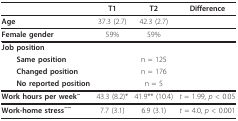
<table><thead><tr><td></td><td><b>T1</b></td><td><b>T2</b></td><td><b>Difference</b></td></tr></thead><tbody><tr><td><b>Age</b></td><td>37.3 (2.7)</td><td>42.3 (2.7)</td><td></td></tr><tr><td><b>Female gender</b></td><td>59%</td><td>59%</td><td></td></tr><tr><td><b>Job position</b></td><td></td><td></td><td></td></tr><tr><td> <b>Same position</b></td><td></td><td>n = 125</td><td></td></tr><tr><td> <b>Changed position</b></td><td></td><td>n = 176</td><td></td></tr><tr><td> <b>No reported position</b></td><td></td><td>n = 5</td><td></td></tr><tr><td><b>Work hours per week<sup>~</sup></b></td><td>43.3 (8.2)*</td><td>41.9** (10.4)</td><td><i>t </i>= 1.99, <i>p </i>&lt; 0.05</td></tr><tr><td><b>Work-home stress<sup>~~</sup></b></td><td>7.7 (3.1)</td><td>6.9 (3.1)</td><td><i>t </i>= 4.0, <i>p </i>&lt; 0.001</td></tr></tbody></table>